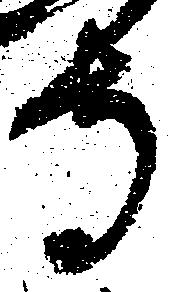
寺